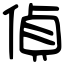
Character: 偵